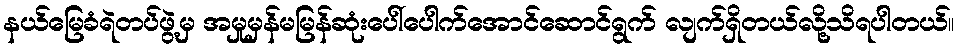
နယ်မြေခံရဲတပ်ဖွဲ့မှ အမှုမှန်မမြန်ဆုံးပေါ်ပေါက်အောင်ဆောင်ရွက် လျက်ရှိတယ်လို့သိရပါတယ်။